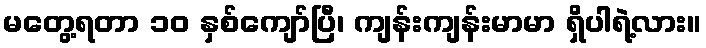
မတွေ့ရတာ ၁၀ နှစ်ကျော်ပြီ၊ ကျန်းကျန်းမာမာ ရှိပါရဲ့လား။